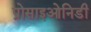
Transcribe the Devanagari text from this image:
प्रोसाइओनिडी